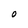
Character: O